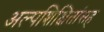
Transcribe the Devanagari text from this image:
अल्पशिक्षितांसह